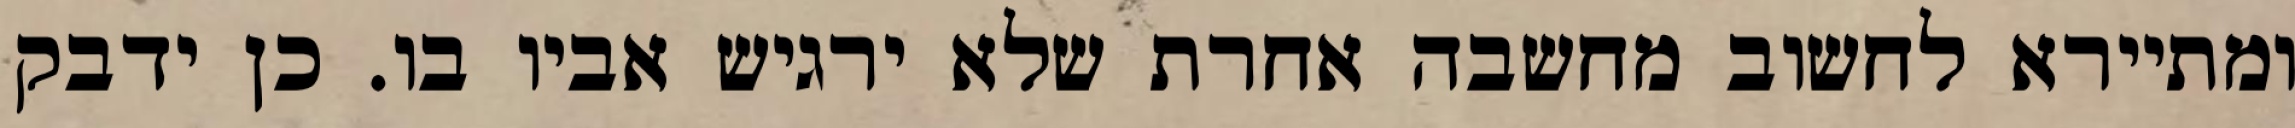
ומתיירא לחשוב מחשבה אחרת שלא ירגיש אביו בו. כן ידבק